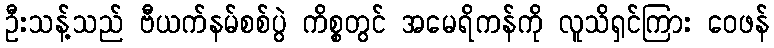
ဦးသန့်သည် ဗီယက်နမ်စစ်ပွဲ ကိစ္စတွင် အမေရိကန်ကို လူသိရှင်ကြား ဝေဖန်